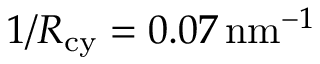
1 / R _ { \mathrm { c y } } = 0 . 0 7 { \mathrm { \, n m } } ^ { - 1 }